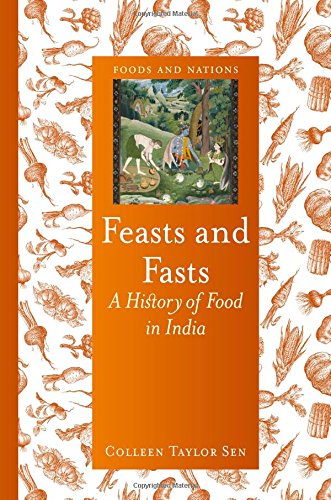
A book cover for Feasts and Fasts: A History of Food in India (Foods and Nations); Colleen Taylor Sen; Cookbooks, Food & Wine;